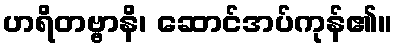
ဟရိတဗ္ဗာနိ၊ ဆောင်အပ်ကုန်၏။